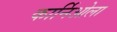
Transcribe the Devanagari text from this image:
कार्निओला